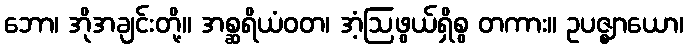
ဘော၊ အိုအချင်းတို့။ အစ္ဆရိယံဝတ၊ အံ့ဩဖွယ်ရှိစွ တကား။ ဥပဇ္ဈာယော၊